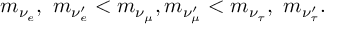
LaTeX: m _ { \nu _ { e } } , \ m _ { \nu _ { e } ^ { \prime } } < m _ { \nu _ { \mu } } , m _ { \nu _ { \mu } ^ { \prime } } < m _ { \nu _ { \tau } } , \ m _ { \nu _ { \tau } ^ { \prime } } .